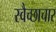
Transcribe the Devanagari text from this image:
स्‍वैच्‍छाचार